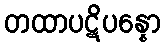
တထာပဋိပန္နော